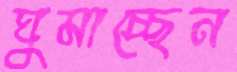
ঘুমাচ্ছেন